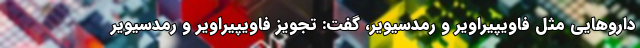
داروهایی مثل فاویپیراویر و رمدسیویر، گفت: تجویز فاویپیراویر و رمدسیویر